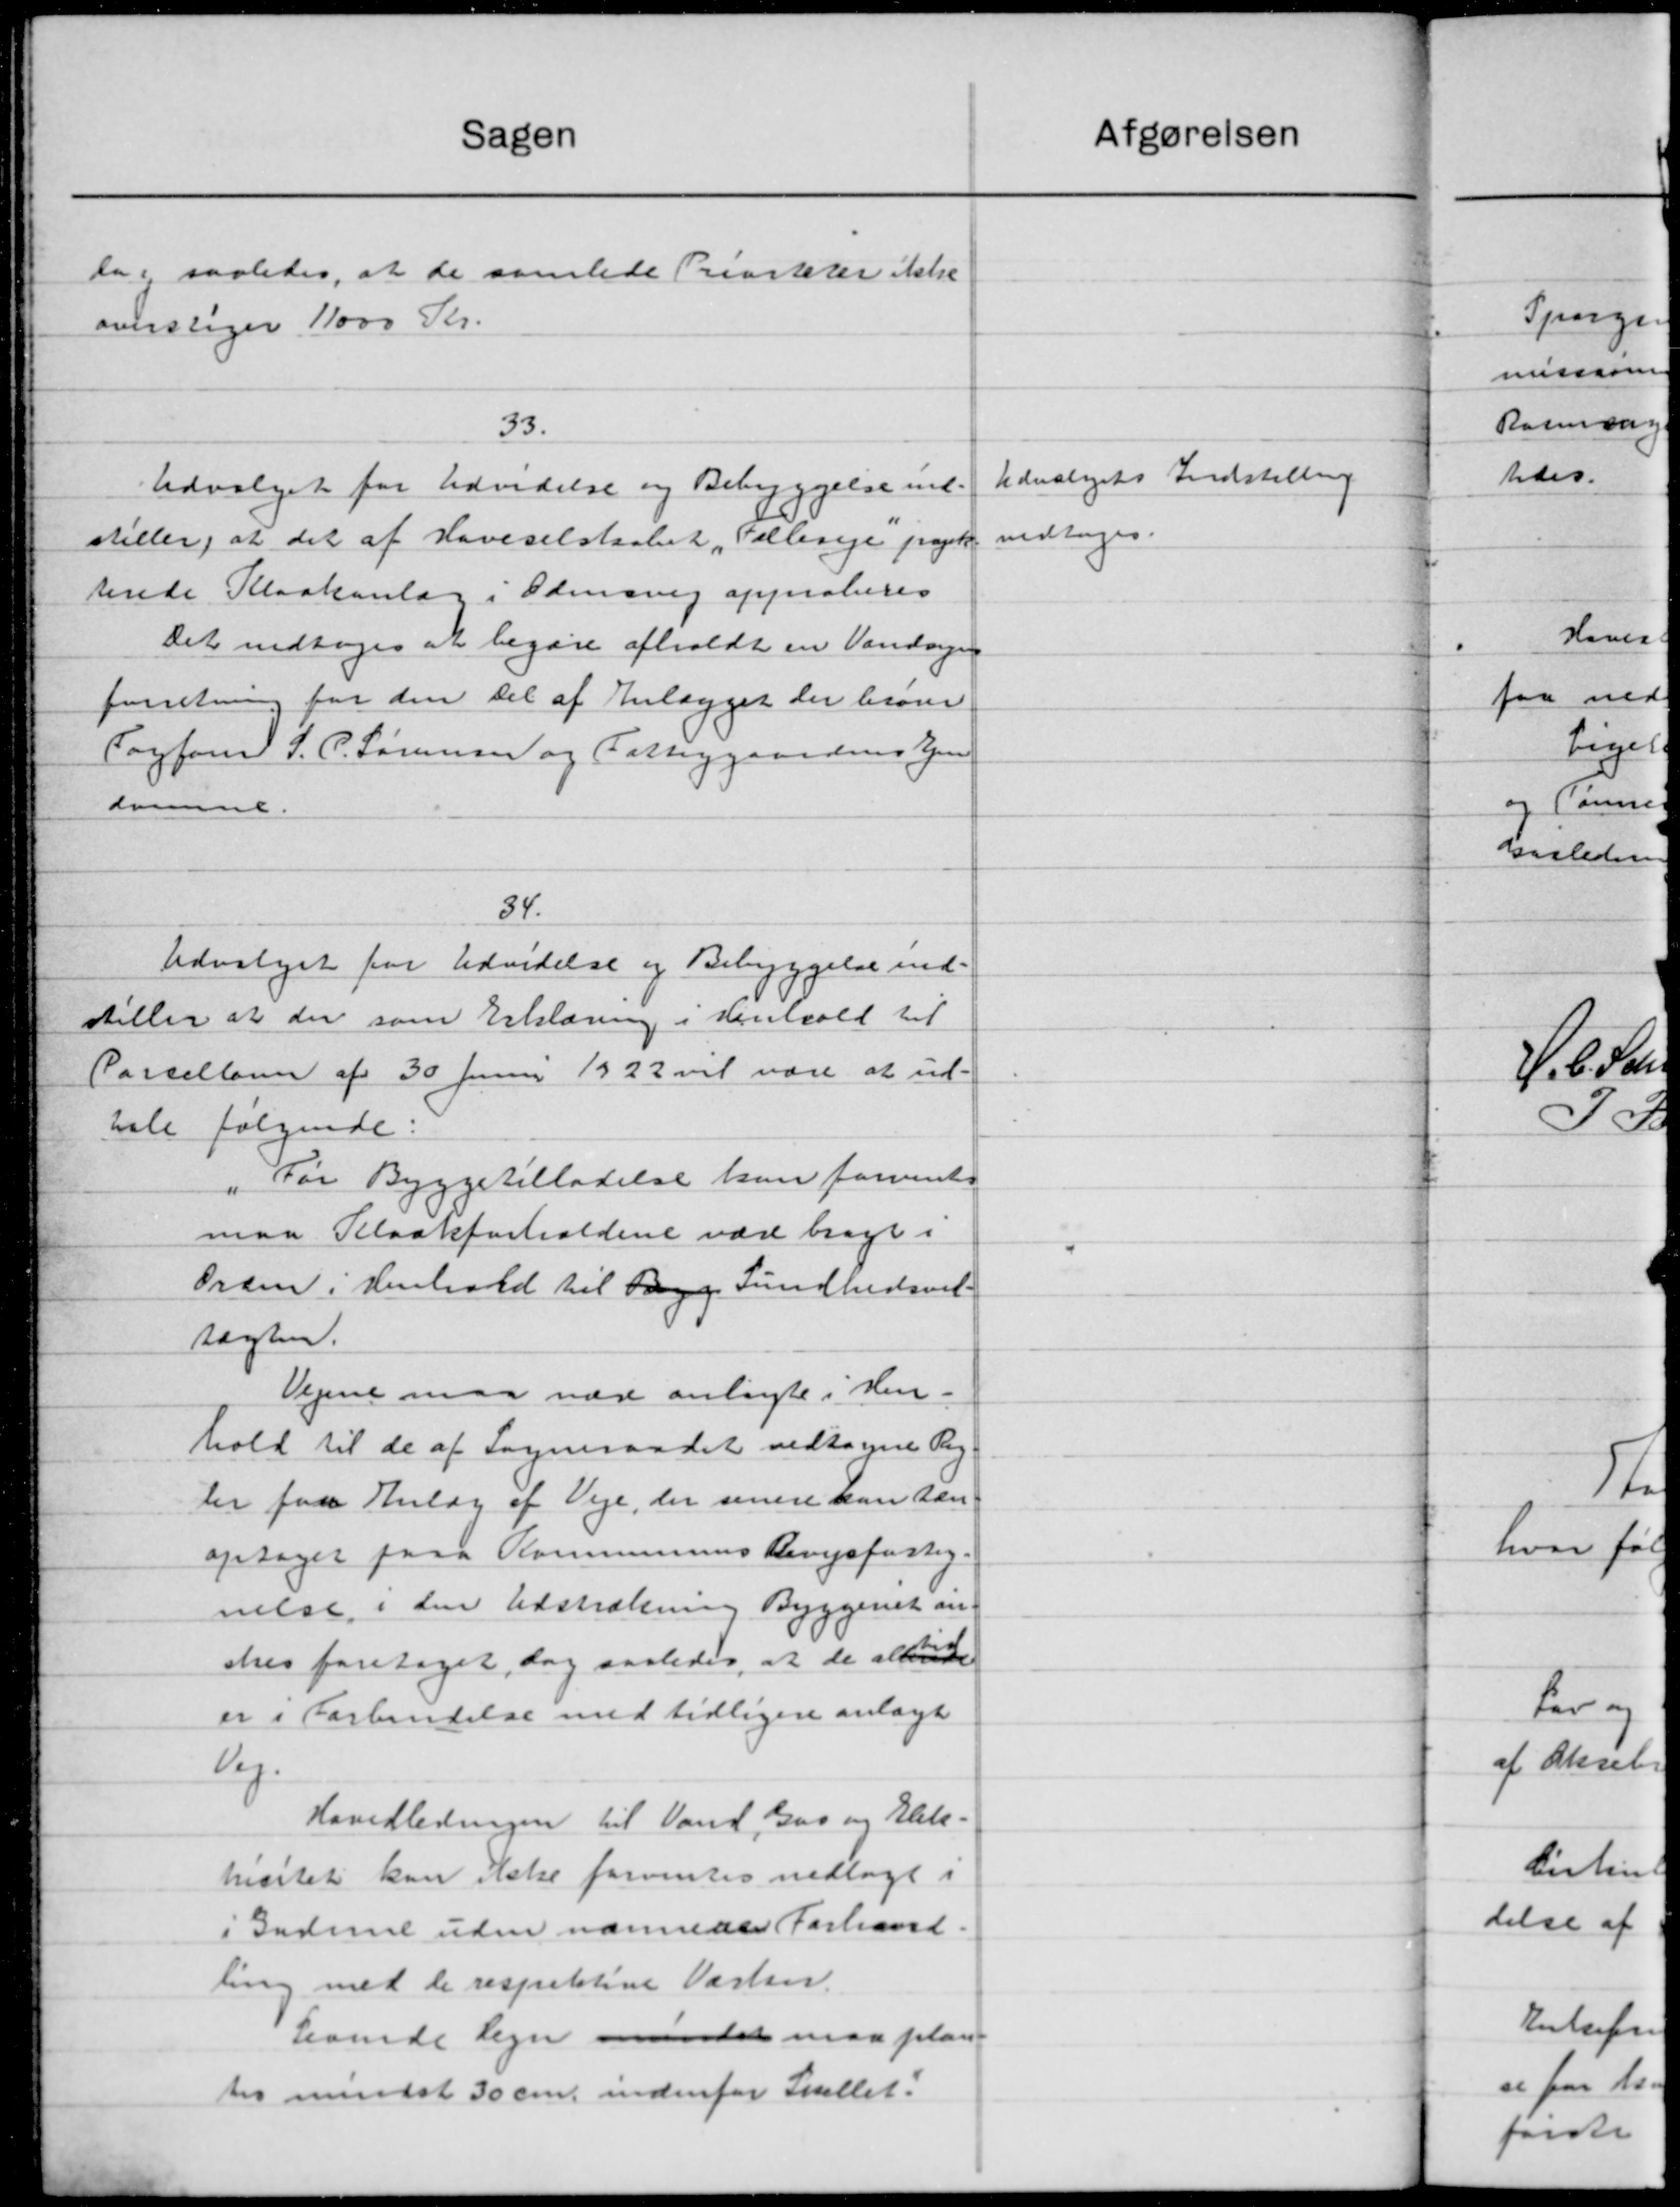
Transskription:
Sagen
la, saaledes, at de samlede Priorkerer ikke
overslager 11000 Kr.
33.
Udvalget for Udvidelse og Bebyggelse me
stiller, at det af Haveselstaabet „Tellerige pak
terede Kloakanlæg i Odensvej approberes
Det vedtoges at begære afholdt en Vandagen
forretning for den Del af Anlægget der brove
Sagfører J. P. Sørensen og Fattiggaardens Ejen
domme.
34.
Udvalget for Udvidelse og Bebyggelse ind-
stiller at der som Erklæring i Henhold til
Parcellaner af 30 Juni 1922 vil være at ud-
hale følgende:
"For Byggetilladelse kan forvente
maa Kloakforholdene vare bragt i
Orden i Henhold til Bagge Sundhedsvil-
sagten.
Vejene maa nær anlagte i Hen-
hold til de af Sogneraadet vedtagne Pig
ler faa Anlæg af Veje, der senere kan dan
optaget paa Kommunens Revejsforstig-
nelse i den Udstrækning Byggeret an
sker foretaget, dog saaledes, at de allende
er i Forbindelse med tidligere anlagt
Vej.
Hovdledningen til Vand, Gas og Elek-
hesitet kan delse forventes nedlagt i
i Gudme uden nærmere Forhandl.
ling med de respektive Værke.
hvende tegn minder maa plan-
tes mindst 30 cm. indenfor Skattet.